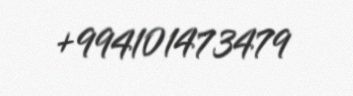
+994101473479